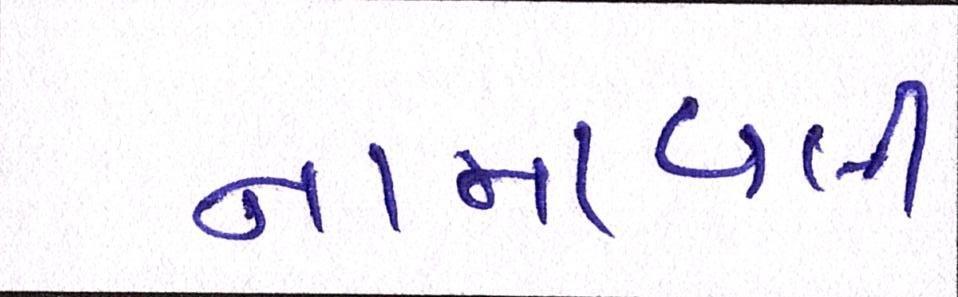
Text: નામાવલી